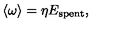
\langle \omega \rangle = \eta E _ { \mathrm { s p e n t } } ,